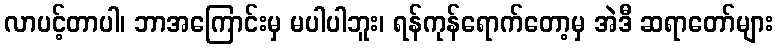
လာပင့်တာပါ၊ ဘာအကြောင်းမှ မပါပါဘူး၊ ရန်ကုန်ရောက်တော့မှ အဲဒီ ဆရာတော်များ